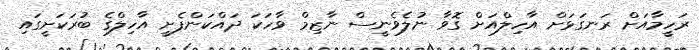
ރަހީމާއަށް ރަނގަޅަށް އާހިލްއަށް ގޮވާ ނުލެވެނީސް ނާޒިމް ވާހަކަ ދައްކަންފެށީ އާހިލްގެ ބުރަކަށީގައި